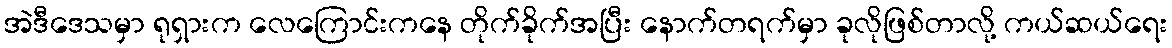
အဲဒီဒေသမှာ ရုရှားက လေကြောင်းကနေ တိုက်ခိုက်အပြီး နောက်တရက်မှာ ခုလိုဖြစ်တာလို့ ကယ်ဆယ်ရေး